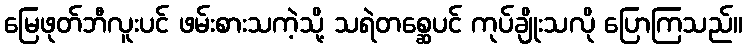
မြေဖုတ်ဘီလူးပင် ဖမ်းစားသကဲ့သို့ သရဲတစ္ဆေပင် ကုပ်ချိုးသလို ပြောကြသည်။